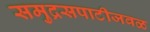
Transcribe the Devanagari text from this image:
समुद्रसपाटीजवळ